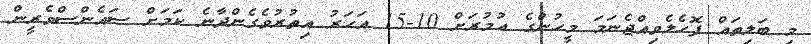
މި ބަލިތައް ފޮހެލެވިއްޖެނަމަ މީހުންގެ ޢުމުރަށް 10-15 އަހަރު އިތުރުވެގެންދާނެ ކަމަށް ސައެންސްވެރީން